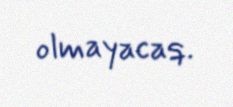
olmayacaq.